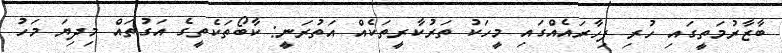
ބާޒާރުމަތީގައި ހުރި ފިހާރައެއްގައި މީހަކު ތަރުކާރީތަކެއް އަތުރަނީ: ކާބޯތަކެތީގެ އަގުތައް މިދިޔަ މަހު